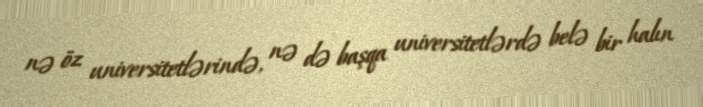
nə öz universitetlərində, nə də başqa universitetlərdə belə bir halın